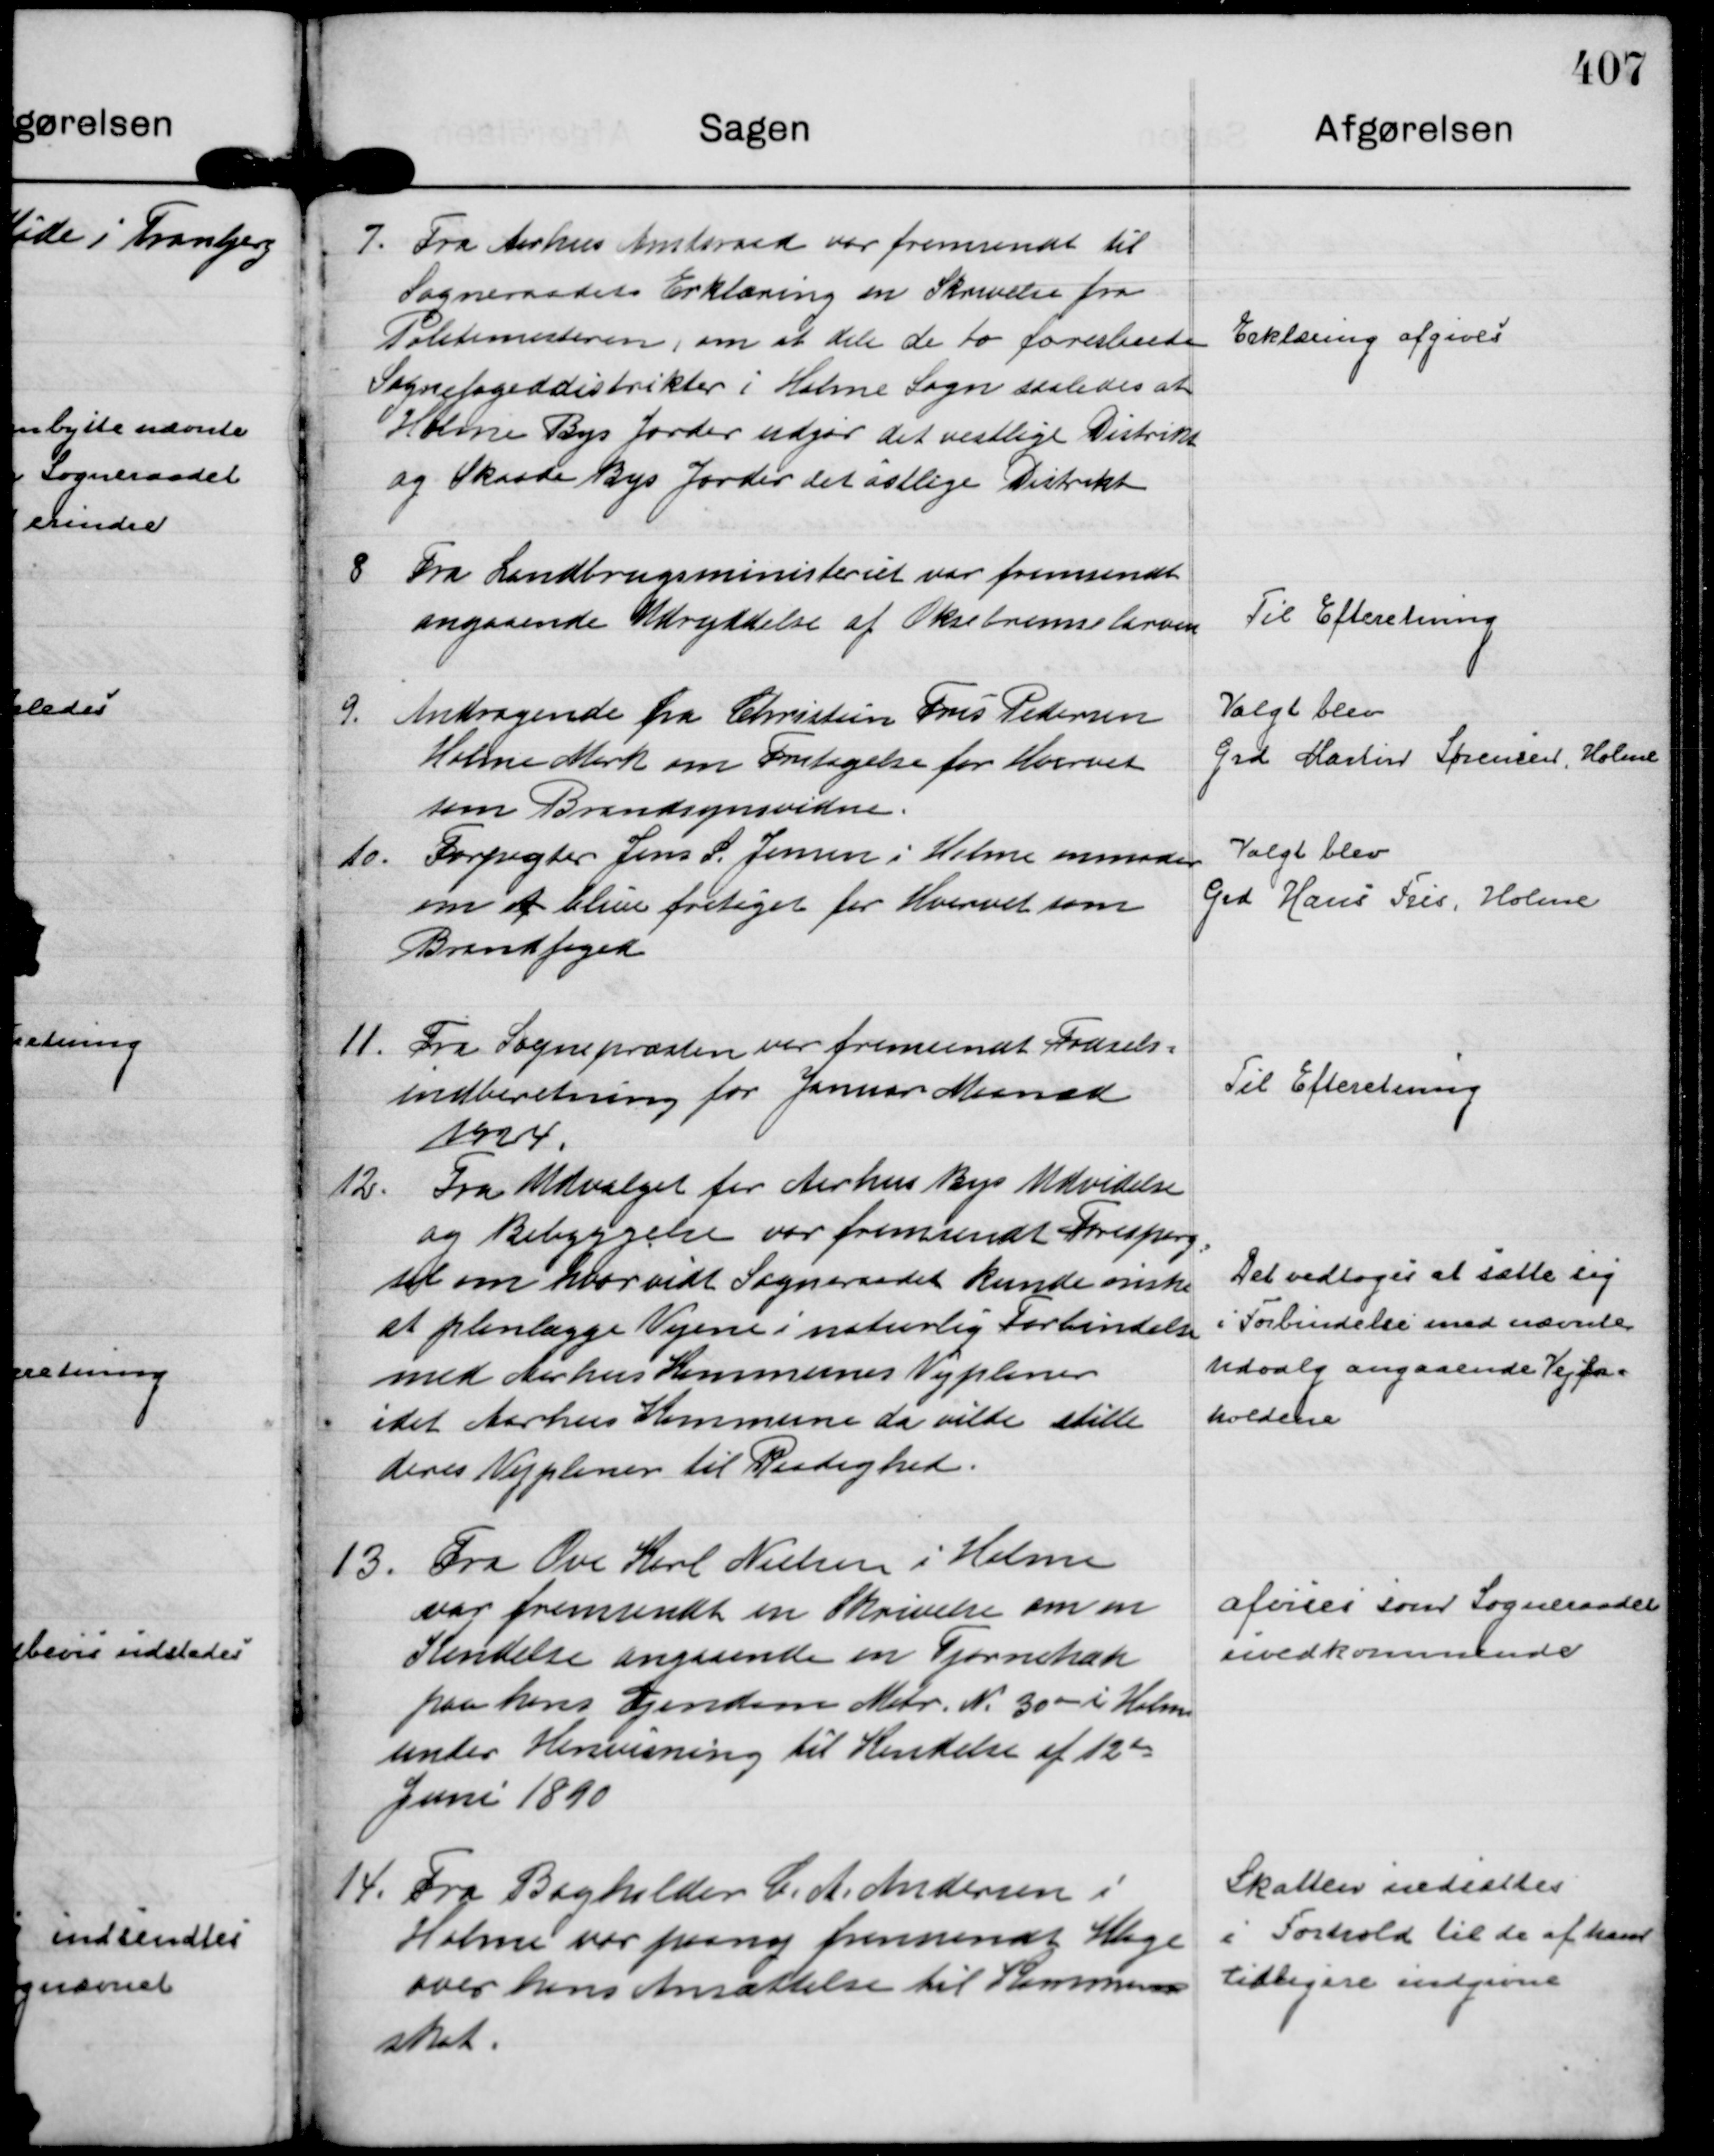
Transskription:
7.
Fra Aarhus Amtsraad var fremsendt til
Sogneraadets Erklæring en Skrivelse fra
Politimesteren, om at dele to forslaaede
Sognefogeddistrikter i Holme Sogn saaledes at
Holme Bys Jorder udgør det vestlige Distrikt
og Skaade Bys Jorder det østlige Distrikt

Erklæring afgives

8
Fra Landbrugsministeriet var fremsendt
angaaende Udryddelse af Oksebremselarven

Til Efteretning

9.
Andragende fra Christian Fris Pedersen
Holme Mark om Fritagelse for Hvervet 
som Brandsynsvidne.

Valgt blev
Grd Martin Sørensen, Holme

10.
Forpagter Jens S. Jensen i Holme anmoder
om at blive fritaget for Hvervet som
Brandfoged

Valgt blev
Grd Hans Fris, Holme

11.
Fra Sognepræsten var fremsendt Fødsels=
indberetning for Januar Maaned
1924.

Til Efteretning

12.
Fra Udvalget for Aarhus Bys Udvidelse
og Bebyggelse var fremsendt Forespørg=
sel om hvorvidt Sogneraadet kunde ønske
at planlægge Vejene i naturlig Forbindelse
med Aarhus Kommunes Vejplaner
idet Aarhus Kommune da ville stille
deres Vejplaner til Raadighed.

Det vedtoges at sætte sig
i Forbindelse med nævnte
Udvalg angaaende Vejfor=
holdene

13.
Fra Ove Karl Nielsen i Holme
var fremsendt en Skrivelse om en
Kendelse angaaende en Tjørnehæk
paa hans Ejendom Matr. N. 30 m i Holme
under Henvisning til Kendelse af 12 te
Juni 1890

afvises som Sogneraadet
uvedkommende

14.
Fra Bogholder C. A. Andersen i
Holme var paany fremsendt Klage
over hans Ansættelse til Kommune
skat.

Skatten nedsættes
i Forhold til de af ham
tidligere indgivne